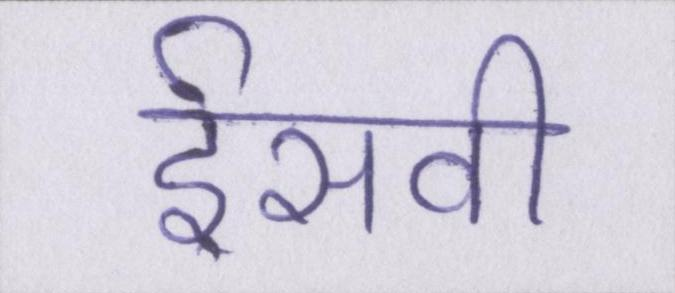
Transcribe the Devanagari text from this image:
ईसवी